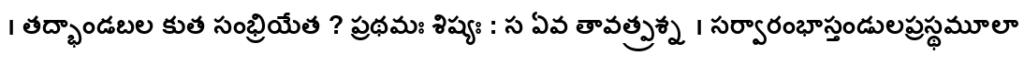
। తద్భాండబల కుత సంభ్రియేత ? ప్రథమః శిష్యః : స ఏవ తావత్ప్రశ్న । సర్వారంభాస్తండులప్రస్థమూలా